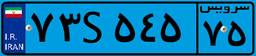
۹۱S۰۰۴۴۳